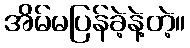
အိမ်မပြန်ခဲ့နဲ့တဲ့။